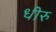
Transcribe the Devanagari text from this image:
धीरु